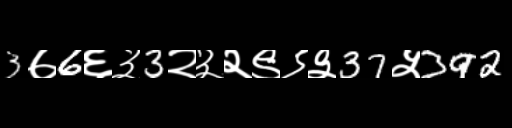
Text: 3७6६३3२३२९९३37५392